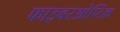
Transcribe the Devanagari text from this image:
फाइबरओप्टिक